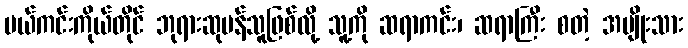
မယ်ကင်းကိုယ်တိုင် ဘုရားဆုပန်သူဖြစ်လို့ သူ့ကို ဆရာကင်း၊ ဆရာကြီး စတဲ့ အမျိုးသား